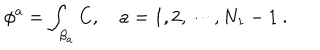
\phi ^ { a } = \int _ { \beta _ { a } } C , \quad a = 1 , 2 , \cdots , N _ { 1 } - 1 \ .